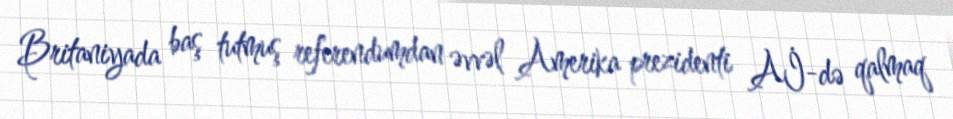
Britaniyada baş tutmuş referendumdan əvvəl Amerika prezidenti Aİ-də qalmaq